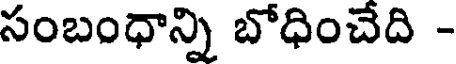
సంబంధాన్ని బోధించేది -